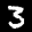
Label: 3